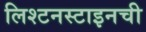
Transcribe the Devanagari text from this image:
लिश्टनस्टाइनची